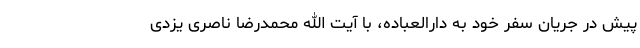
پیش در جریان سفر خود به دارالعباده، با آیت الله محمدرضا ناصری یزدی